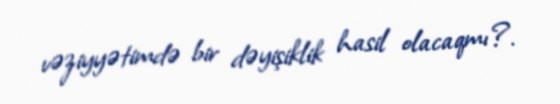
vəziyyətimdə bir dəyişiklik hasil olacaqmı?.